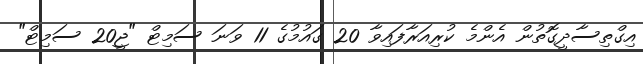
އިގްތިސާދީގޮތުން އެންމެ ކުރިއަރާފައިވާ 20 ގައުމުގެ 11 ވަނަ ސަމިޓް "ޖީ20 ސަމިޓް"